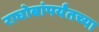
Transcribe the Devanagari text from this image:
राघोबांपर्यंतच्या